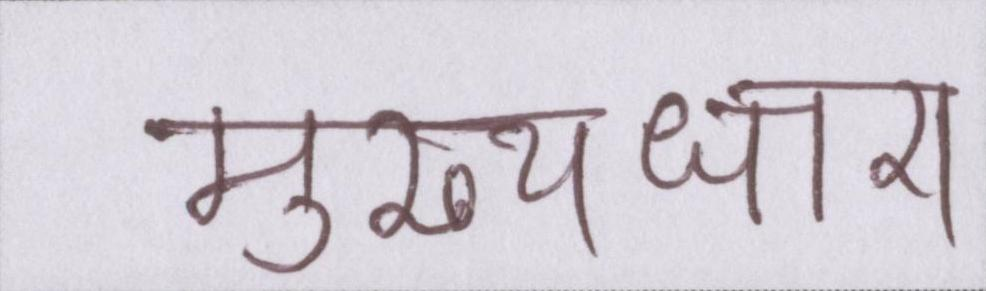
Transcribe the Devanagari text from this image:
मुख्यधारा